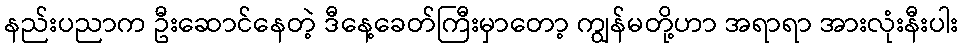
နည်းပညာက ဦးဆောင်နေတဲ့ ဒီနေ့ခေတ်ကြီးမှာတော့ ကျွန်မတို့ဟာ အရာရာ အားလုံးနီးပါး